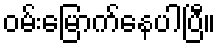
ဝမ်းမြောက်နေပါပြီ။